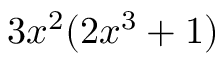
3 x ^ { 2 } ( 2 x ^ { 3 } + 1 )